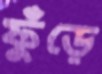
ফুঁড়ে